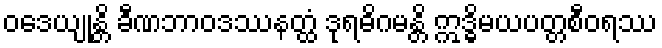
ဝဒေယျုန္တိ ခီဏဘာဝဒဿနတ္ထံ ဒုရဓိဂမန္တိ ဣဒ္ဓိမယပတ္တစီဝရဿ